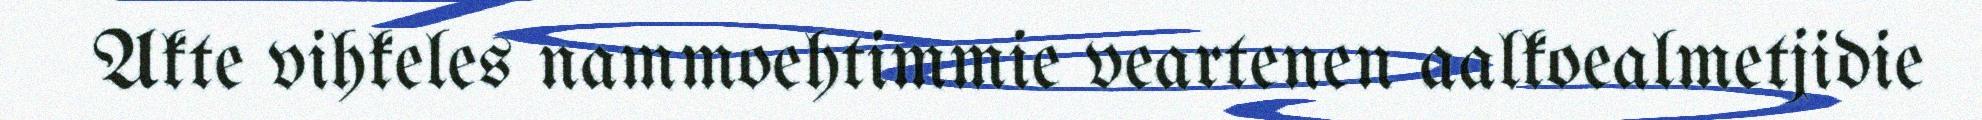
Akte vihkeles nammoehtimmie veartenen aalkoealmetjidie